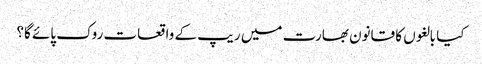
کیا بالغوں کا قانون بھارت میں ریپ کے واقعات روک پائے گا؟